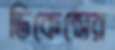
ডিকেন্সের